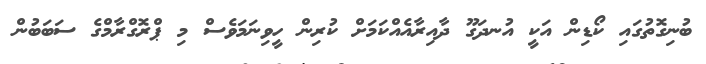
ބުނިގޮތުގައި ކޯޑިން އަކީ އުނދަގޫ ދާއިރާއެއްކަމަށް ކުރިން ހީވިނަމަވެސް މި ޕްރޮގްރާމްގެ ސަބަބުން